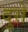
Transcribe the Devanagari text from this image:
दुसे